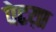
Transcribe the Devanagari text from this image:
पेटय़ा